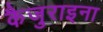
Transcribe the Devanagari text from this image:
कैजुराइना